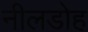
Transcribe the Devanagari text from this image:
नीलडोह